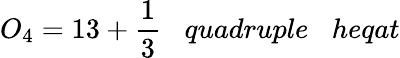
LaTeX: O_{4}=13+{\frac{1}{3}}\; \; \; quadruple\; \; \; heqat